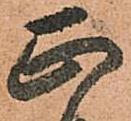
正